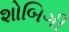
શોબિગી